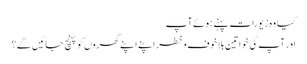
کیا وہ زیورات پہنے ہوئے آپ
اور آپ کی خواتین بلاخوف وخطر اپنے اپنے گھروں کو پہنچ جائیں گے؟